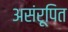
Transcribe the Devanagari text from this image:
असंरूपित